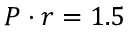
P \cdot r = 1 . 5